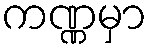
ကဏ္ဏမှာ